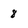
Character: 8